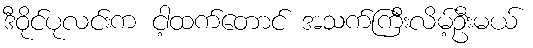
ဒီဝိုင်ပုလင်းက ငါ့ထက်တောင် အသက်ကြီးလိမ့်ဦးမယ်